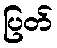
ပြတ်